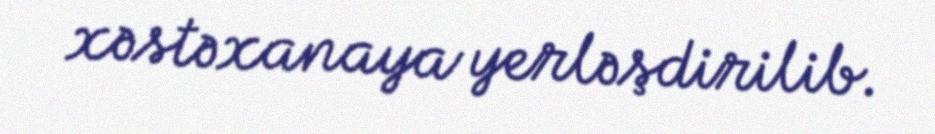
xəstəxanaya yerləşdirilib.